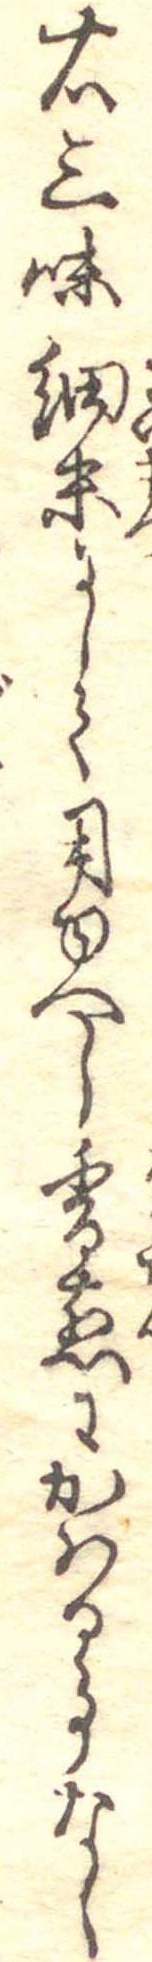
右三味細末にして用ゆへし香煎にかはる事なし